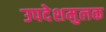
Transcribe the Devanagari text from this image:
उपदेशमुलक